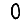
Digit: 0